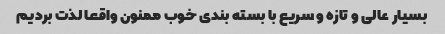
بسیار عالی و تازه و سریع با بسته بندی خوب ممنون واقعا لذت بردیم